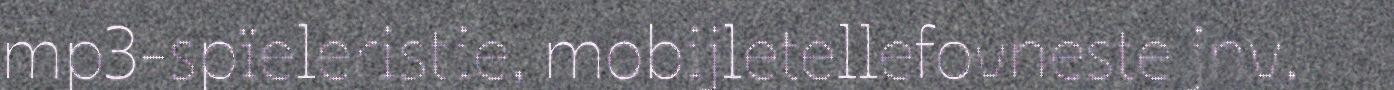
mp3-spïeleristie, mobijletellefovneste jnv.